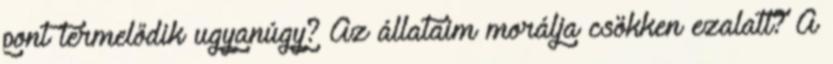
pont termelődik ugyanúgy? Az állataim morálja csökken ezalatt? A